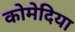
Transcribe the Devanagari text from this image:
कोमेदिया